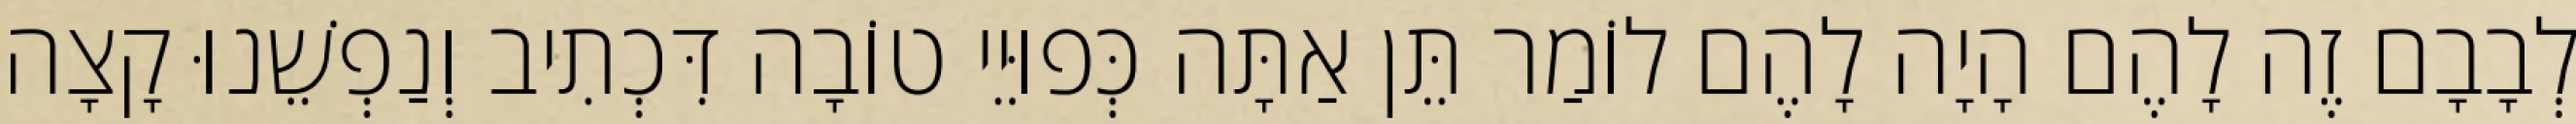
לְבָבָם זֶה לָהֶם הָיָה לָהֶם לוֹמַר תֵּן אַתָּה כְּפוּיֵי טוֹבָה דִּכְתִיב וְנַפְשֵׁנוּ קָצָה